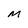
Character: M